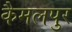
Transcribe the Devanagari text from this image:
कैमलपुर